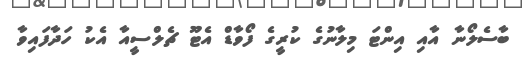
ބާސެލޯނާ އާއި އިންޓަ މިލާނުގެ ކުރީގެ ފޯވާޑް އެޓޫ ޗެލްސީއާ އެކު ހަދާފައިވާ